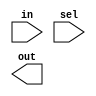
// Create a 4-bit wide, 256-to-1 multiplexer. The 256 4-bit inputs are all packed into a single 1024-bit input vector. 
// sel=0 should select bits in[3:0], sel=1 selects bits in[7:4], sel=2 selects bits in[11:8], etc.

// Hint: With this many options, a case statement isn't so useful.
// Vector indices can be variable, as long as the synthesizer can figure out that the width of the bits being selected is constant. It's not always good at this. An error saying "... is not a constant" means it couldn't prove that the select width is constant. In particular, in[ sel*4+3 : sel*4 ] does not work.
// Bit slicing ("Indexed vector part select", since Verilog-2001) has an even more compact syntax.

module top_module( 
    input [1023:0] in,
    input [7:0] sel,
    output [3:0] out );

    // Insert your code here

endmodule